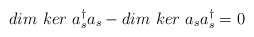
\begin{align*}dim\ ker\ a^{\dagger}_{s}a_{s} - dim\ ker\ a_{s}a^{\dagger}_{s}=0\end{align*}